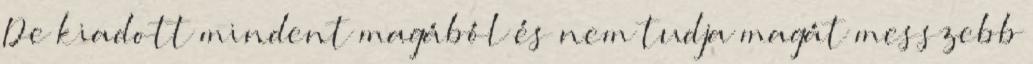
De kiadott mindent magából és nem tudja magát messzebb